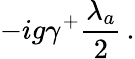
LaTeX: -ig\gamma^{+}\frac{\lambda_{a}}{2}\, .